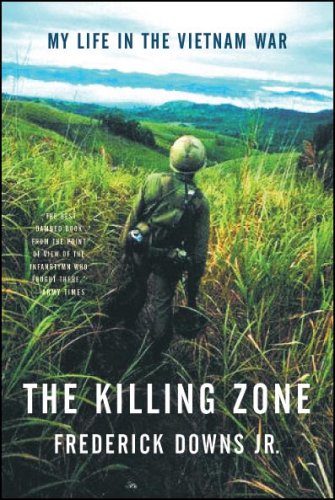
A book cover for The Killing Zone: My Life in the Vietnam War; Frederick Downs Jr.; History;